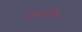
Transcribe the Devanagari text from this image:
दिव्यलिङ्ग